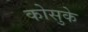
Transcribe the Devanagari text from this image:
कोसुके